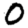
Digit: 0